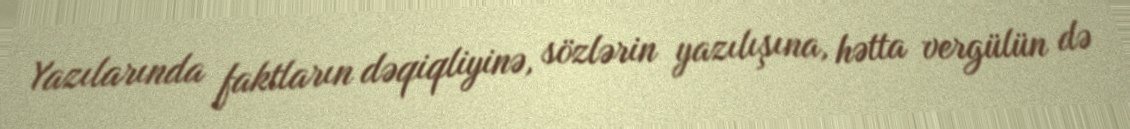
Yazılarında faktların dəqiqliyinə, sözlərin yazılışına, hətta vergülün də